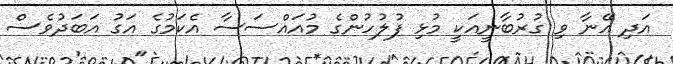
އަދި އޭނާ ވި ގުރުބާނީއަކީ މުޅި ފުލުހުންގެ މުއައްސަސާ އެކަމުގެ އަގު އަބަދުވެސް